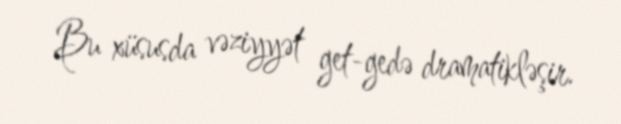
Bu xüsusda vəziyyət get-gedə dramatikləşir.